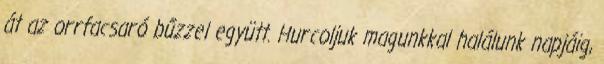
át az orrfacsaró bűzzel együtt. Hurcoljuk magunkkal halálunk napjáig,